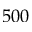
5 0 0